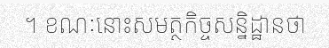
។ ខណៈនោះសមត្ថកិច្ចសន្និដ្ឋានថា